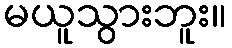
မယူသွားဘူး။